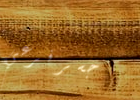
جسر فرعي